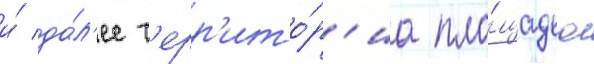
и́ да́л'ее т'ерр'ито́р'иа пло́щадью